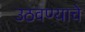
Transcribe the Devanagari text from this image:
उठवण्याचे